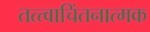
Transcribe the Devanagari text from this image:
तत्त्वाचिंतनात्मक